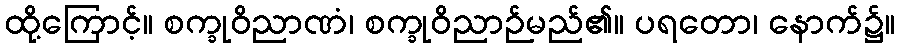
ထို့ကြောင့်။ စက္ခုဝိညာဏံ၊ စက္ခုဝိညာဉ်မည်၏။ ပရတော၊ နောက်၌။